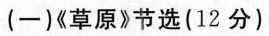
(一)《草原》节选(12分)